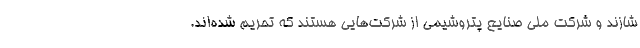
شازند و شرکت ملی صنایع پتروشیمی از شرکت‌هایی هستند که تحریم شده‌اند.